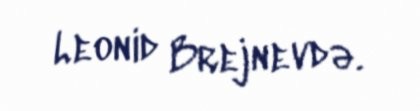
Leonid Brejnevdə.